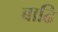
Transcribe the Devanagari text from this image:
बाढि